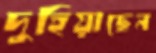
দুহিয়াছেন